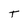
Character: T